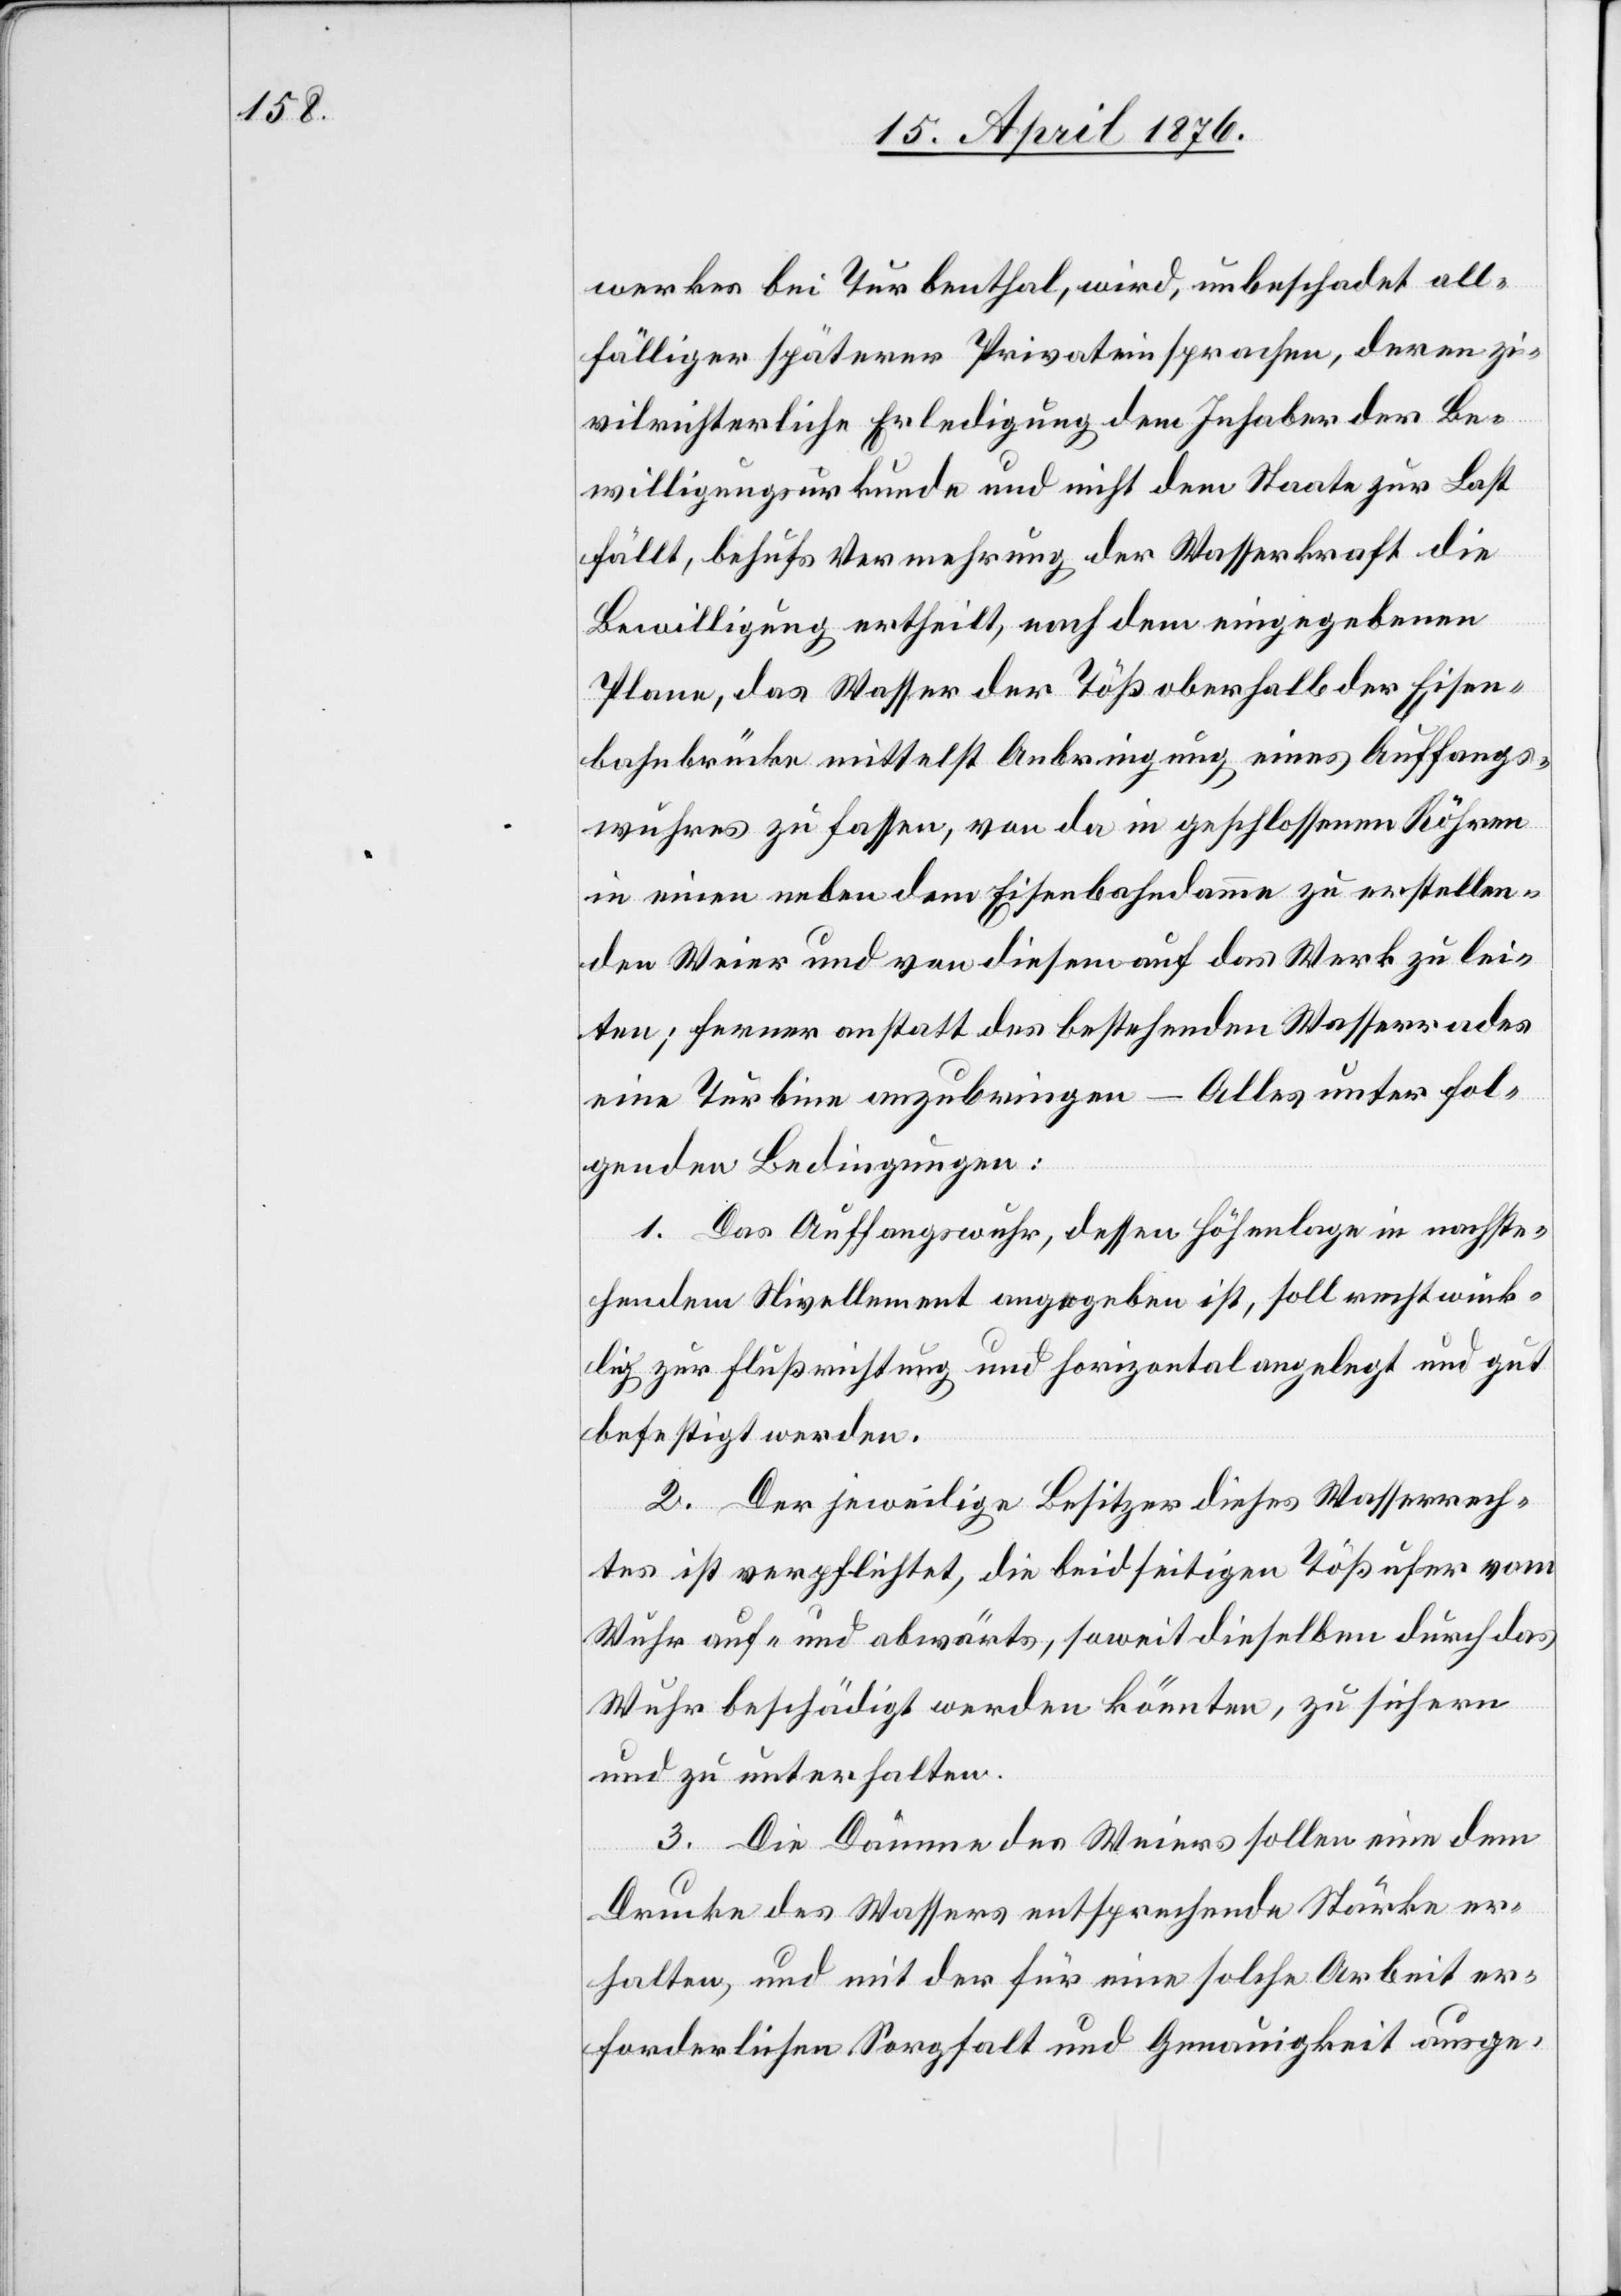
fälliger späterer Privateinsprachen, deren zi¬
vilrichterliche Erledigung dem Inhaber der Be¬
willigungsurkunde und nicht dem Staate zur Last
fällt, behufs Vermehrung der Wasserkraft die
Bewilligung ertheilt, nach dem eingegebenen
Plane, das Wasser der Töß oberhalb der Eisen¬
bahnbrücke mittelst Anbringung eines Auffangs¬
wuhres zu fassen, von da in geschlossenen Röhren
in einen neben dem Eisenbahndamme zu erstellen¬
den Weier und von diesem auf das Werk zu lei¬
ten; ferner anstatt des bestehenden Wasserrades
eine Turbine anzubringen – Alles unter fol¬
all¬
genden Bedingungen:
1. Das Auffangswuhr, dessen Höhenlage in nachste¬
hendem Nivellement angegeben ist, soll rechtwink¬
lig zur Flußrichtung und horizontal angelegt und gut
befestigt werden.
2. Der jeweilige Besitzer dieses Wasserech¬
tes ist verpflichtet, die beidseitigen Tößufer vom
Wuhr auf- und abwärts, soweit dieselben durch das
Wuhr beschädigt werden könnten, zu sichern
und zu unterhalten.
3. Die Dämme des Weiers sollen eine dem
Drucke des Wassers entsprechende Stärke er¬
halten, und mit der für eine solche Arbeit er¬
forderlichen Sorgfalt und Genauigkeit ausge-